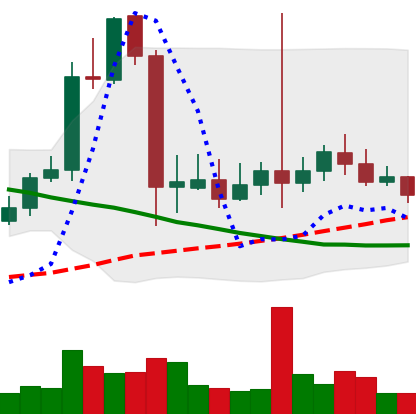
Ticker: LTC-USD
Chart end date: 2021-09-19
Forward return: -13.377%
Label: down_7plus